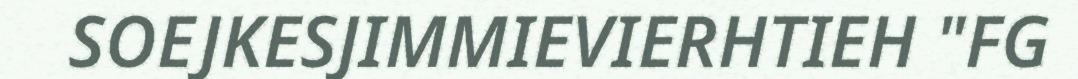
SOEJKESJIMMIEVIERHTIEH "FG